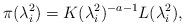
LaTeX: \begin{align*} \pi(\lambda_i^2) =K (\lambda_i^2)^{-a-1}L(\lambda_i^2), \end{align*}